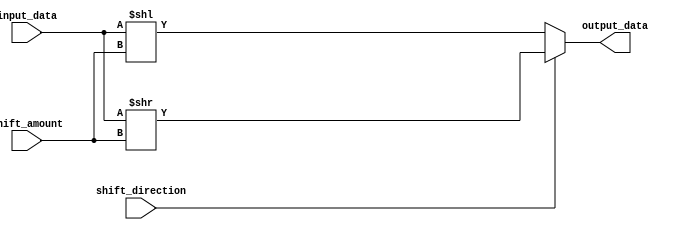
module hybrid_barrel_shifter(
    input wire [7:0] input_data,
    input wire [3:0] shift_amount,
    input wire shift_direction, // 0 for left shift, 1 for right shift
    output reg [7:0] output_data
);

always @(input_data or shift_amount or shift_direction) begin
    if (shift_direction == 0) begin // Left shift
        output_data <= input_data << shift_amount;
    end else begin // Right shift
        output_data <= input_data >> shift_amount;
    end
end

endmodule